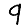
Digit: 9